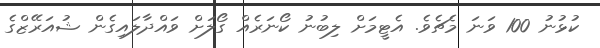
ކުޅުނު 100 ވަނަ މެޗެވެ. އެޓީމަށް ލިބުނު ކޯނަރެއް ގޯލަށް ވައްދާލައިގެން ޝުއަރޭޒްގެ